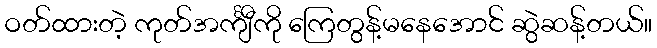
ဝတ်ထားတဲ့ ကုတ်အင်္ကျီကို ကြေတွန့်မနေအောင် ဆွဲဆန့်တယ်။